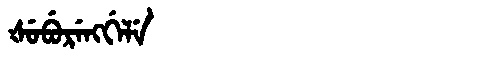
Manchu: ᡧᡠᠪᡠᡵᡝᠩᡤᡝᠯᡝ
Romanization: ŠUBURENGGELE